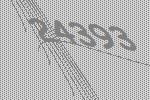
24393